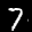
Label: 7